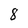
Character: 8